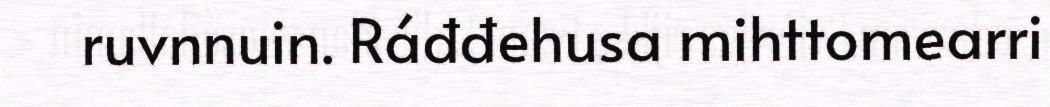
ruvnnuin. Ráđđehusa mihttomearri